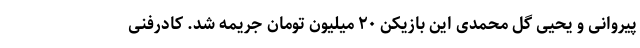
پیروانی و یحیی گل محمدی این بازیکن ۲۰ میلیون تومان جریمه شد. کادرفنی